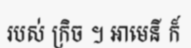
របស់ ក្រិច ។ អាមេនី ក៏